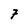
Character: 7